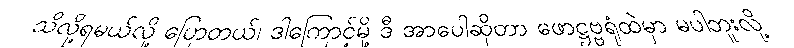
သိလို့ရမယ်လို့ ပြောတယ်၊ ဒါကြောင့်မို့ ဒီ အာပေါဆိုတာ ဖောဋ္ဌဗ္ဗရုံထဲမှာ မပါဘူးလို့